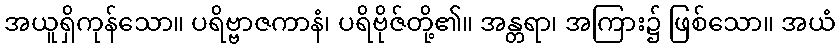
အယူရှိကုန်သော။ ပရိဗ္ဗာဇကာနံ၊ ပရိဗိုဇ်တို့၏။ အန္တရာ၊ အကြား၌ ဖြစ်သော။ အယံ